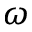
\omega